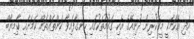
އަދި އެކަމަކީ މީގެކުރިން ދުނިއޭގެ އެކި ގައުމުތަކުގައި ހިނގާފައިވާ ކަންތައްތައް ކަމަށާއި ކާމިޔާބް